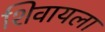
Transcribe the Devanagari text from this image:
शिवायला